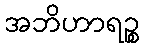
အဘိဟာရဉ္စ